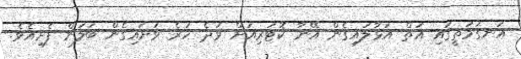
އަނގަމަތީގައި އަތް އަޅާލައިގެން އޭނާ ކޮޓަރިއަށް ވަދެ ހުރެ ވަށައިގެން ބަލަން ފެށިއެވެ.